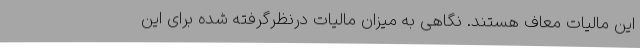
این مالیات معاف هستند. نگاهی به میزان مالیات درنظرگرفته شده برای این